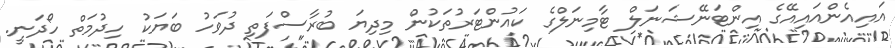
އައިއެންއައިއޭގެ އިންޓަނޭޝަނަލް ޓާމިނަލްގެ ކައުންޓަރުތަކުން މިދިޔަ ބުރާސްފަތި ދުވަހު ބަޔަކު ހިދުމަތް ހޯދަނީ.